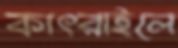
কাৎরাইলে